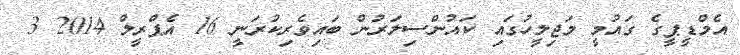
އެމްޑީޕީގެ ގައުމީ މަޖިލީހުގައި ކައުންސިލަރުން ބައިވެރިކުރަނީ 16 އެޕްރީލް 2014 3